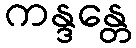
ကန္ဒန္တေ